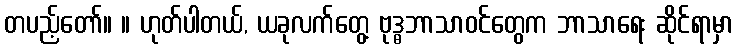
တပည့်တော်။ ။ ဟုတ်ပါတယ်, ယခုလက်တွေ့ ဗုဒ္ဓဘာသာဝင်တွေက ဘာသာရေး ဆိုင်ရာမှာ